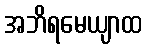
အဘိရမေယျာထ